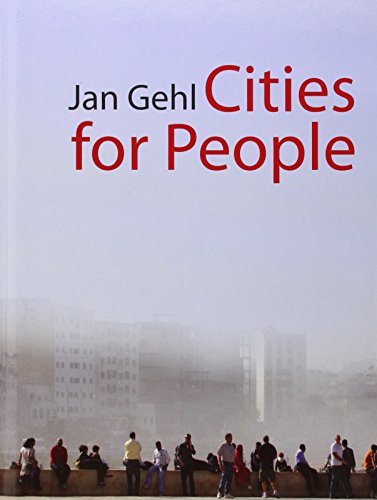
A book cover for Cities for People; Jan Gehl; Arts & Photography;